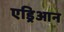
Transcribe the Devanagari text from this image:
एड्रिआन